Newspaper: New Orleans Republican. [volume]
Place of publication: New Orleans, La
Publisher: S.L. Brown & Co.
Date: 1875-12-15 00:00:00
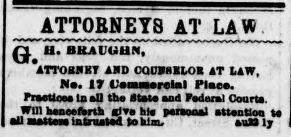
Advertisement text (OCR):
ATT0RNET8 AT LAW Q H. BRAUGHN, ATTORNEY AND CQU1I8BLOR AT LAW, Na. IV L'anuaaralal Place. PraeUoes la aQ the State and Federal Court*. Will henceforth give hie panooal attention te all in trusted to him. au>2 ly
Label: text-only